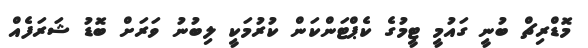
މޮޑްރިޗް ބުނީ ގައުމީ ޓީމުގެ ކެޕްޓަންކަން ކުރުމަކީ ލިބުނު ވަރަށް ބޮޑު ޝަރަފެއް